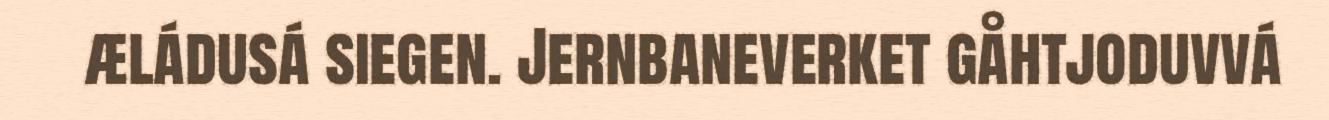
æládusá siegen. Jernbaneverket gåhtjoduvvá